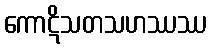
ကောဋိသတသဟဿဿ